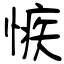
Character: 愱